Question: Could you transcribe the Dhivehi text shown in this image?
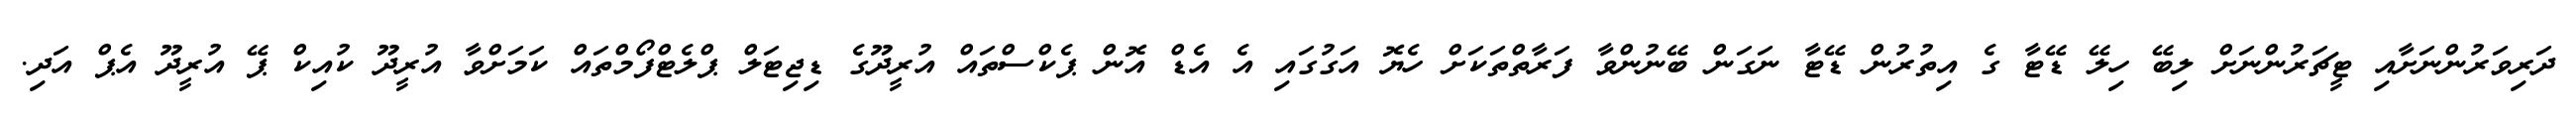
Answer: ދަރިވަރުންނަށާއި ޓީޗަރުންނަށް ލިބޭ ހިލޭ ޑޭޓާ ގެ އިތުރުން ޑޭޓާ ނަގަން ބޭނުންވާ ފަރާތްތަކަށް ހެޔޮ އަގުގައި އެ އެޑް އޮން ޕެކްސްތައް އުރީދޫގެ ޑިޖިޓަލް ޕްލެޓްފޯމްތައް ކަމަށްވާ އުރީދޫ ކުއިކް ޕޭ އުރީދޫ އެޕް އަދި.